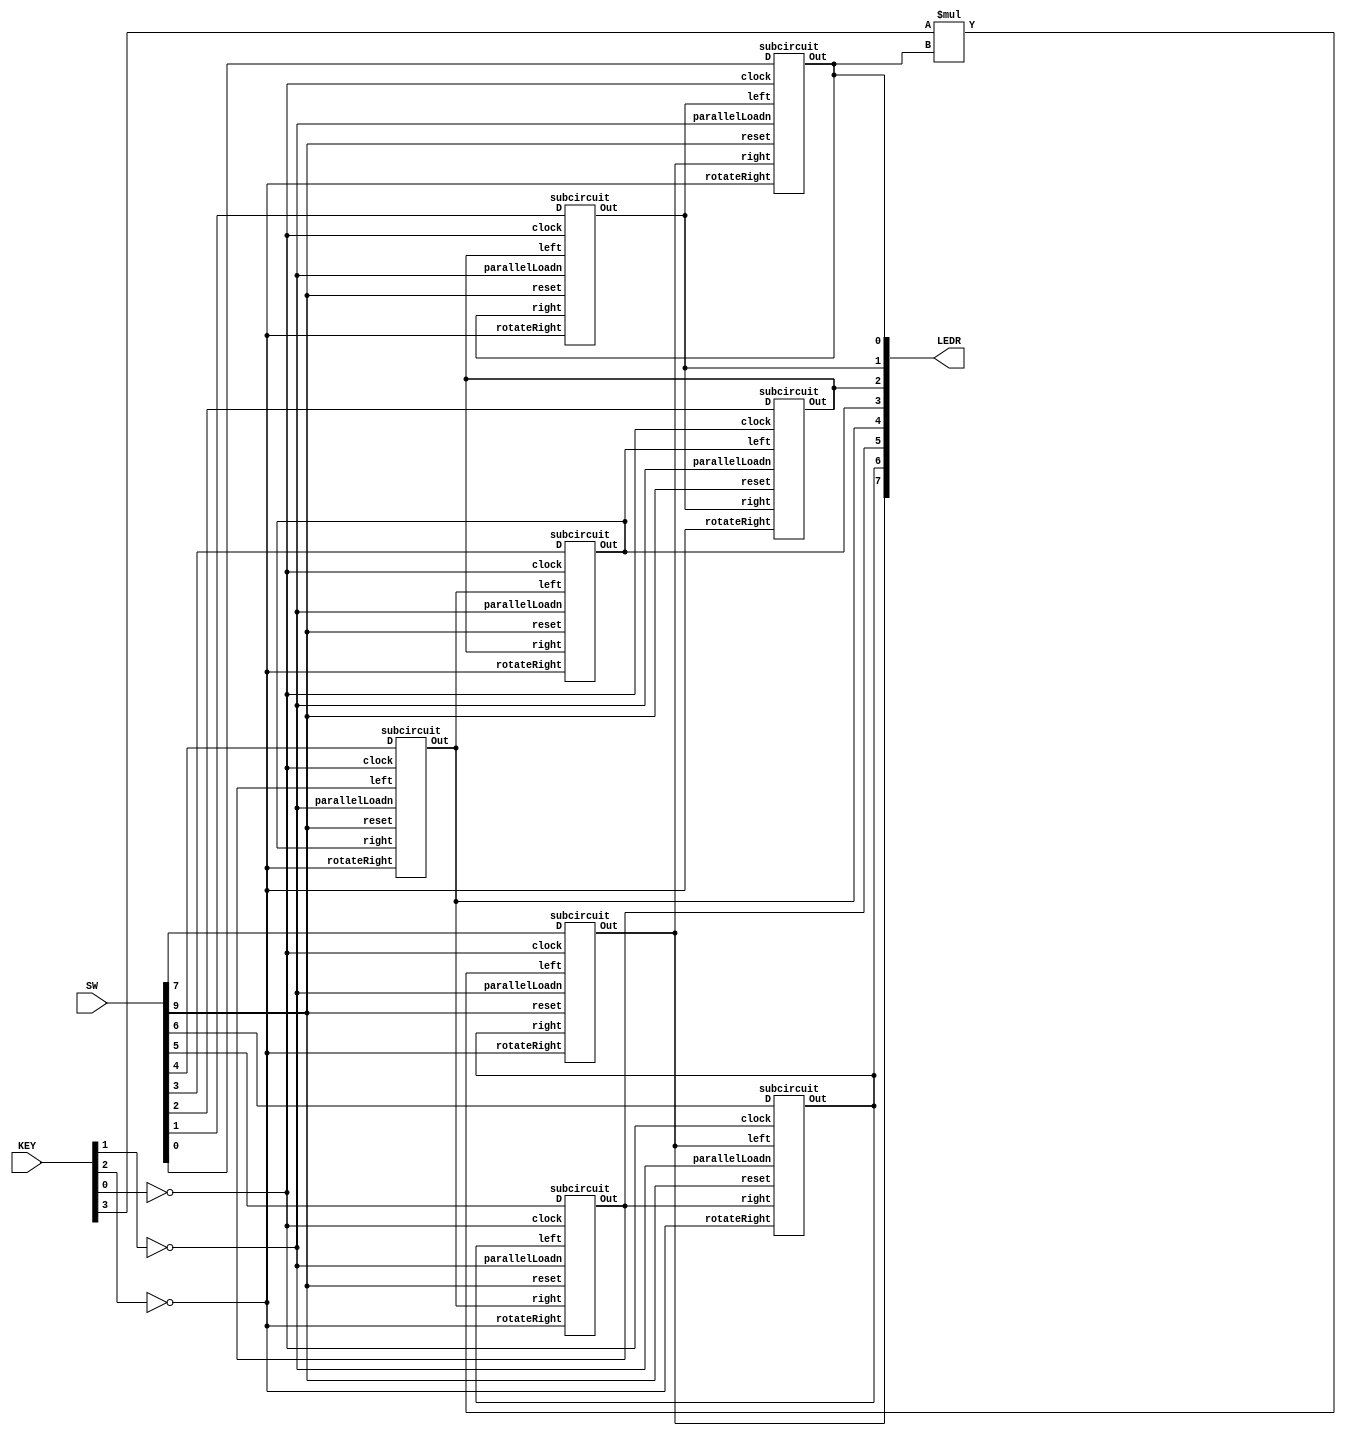
module part3(SW, LEDR, KEY);
 
 input [9:0] SW;
 input [3:0] KEY;
 output [7:0] LEDR;
 wire [7:0] W;
 assign LSR = KEY[3];
 
 subcircuit s1(.left(LSR*W[0]), .right(W[6]), .parallelLoadn(!KEY[1]), .rotateRight(!KEY[2]), .D(SW[7]), .clock(!KEY[0]), .reset(SW[9]), .Out(W[7]));
 subcircuit s2(.left(W[7]), .right(W[5]), .parallelLoadn(!KEY[1]), .rotateRight(!KEY[2]), .D(SW[6]), .clock(!KEY[0]), .reset(SW[9]), .Out(W[6]));
 subcircuit s3(.left(W[6]), .right(W[4]), .parallelLoadn(!KEY[1]), .rotateRight(!KEY[2]), .D(SW[5]), .clock(!KEY[0]), .reset(SW[9]), .Out(W[5]));
 subcircuit s4(.left(W[5]), .right(W[3]), .parallelLoadn(!KEY[1]), .rotateRight(!KEY[2]), .D(SW[4]), .clock(!KEY[0]), .reset(SW[9]), .Out(W[4]));
 subcircuit s5(.left(W[4]), .right(W[2]), .parallelLoadn(!KEY[1]), .rotateRight(!KEY[2]), .D(SW[3]), .clock(!KEY[0]), .reset(SW[9]), .Out(W[3]));
 subcircuit s6(.left(W[3]), .right(W[1]), .parallelLoadn(!KEY[1]), .rotateRight(!KEY[2]), .D(SW[2]), .clock(!KEY[0]), .reset(SW[9]), .Out(W[2]));
 subcircuit s7(.left(W[2]), .right(W[0]), .parallelLoadn(!KEY[1]), .rotateRight(!KEY[2]), .D(SW[1]), .clock(!KEY[0]), .reset(SW[9]), .Out(W[1]));
 subcircuit s8(.left(W[1]), .right(W[7]), .parallelLoadn(!KEY[1]), .rotateRight(!KEY[2]), .D(SW[0]), .clock(!KEY[0]), .reset(SW[9]), .Out(W[0]));

 assign LEDR = W;
endmodule

module subcircuit(left, right, parallelLoadn, rotateRight, D, clock, reset, Out);

 input parallelLoadn, rotateRight, D, clock, reset, right, left;
 output Out;
 wire w3, w5;
 mux2to1 m1(.x(right), .y(left) , .s(rotateRight), .m(w3));
 mux2to1 m2(.x(D), .y(w3) , .s(parallelLoadn), .m(w5));
 Register r1(.Clock(clock), .Reset_b(reset), .I(w5), .O(Out));
 
endmodule

 
module mux2to1(x, y, s, m);
    input x; //select 0
    input y; //select 1
    input s; //select signal
    output m; //output
  
    //assign m = s & y | ~s & x;
    // OR
    assign m = s ? y : x;

endmodule

module Register(Clock, Reset_b, I, O);

	  input Clock;
	  input Reset_b;
	  input I;
	  output reg O; //output
	  always@(posedge Clock)
	  begin
		 if(Reset_b == 1'b1) 
		  begin
			O <= 0;
		  end
		 else
		  begin	
			O <= I;
	     end 
	  end
endmodule